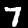
Digit: 7